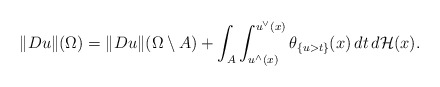
\begin{align*}\Vert Du\Vert(\Omega)=\Vert Du\Vert(\Omega\setminus A)+\int_A\int_{u^{\wedge}(x)}^{u^{\vee}(x)}\theta_{\{u>t\}}(x)\,dt\,d\mathcal H(x).\end{align*}